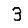
Digit: 3